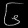
Digit: ၆